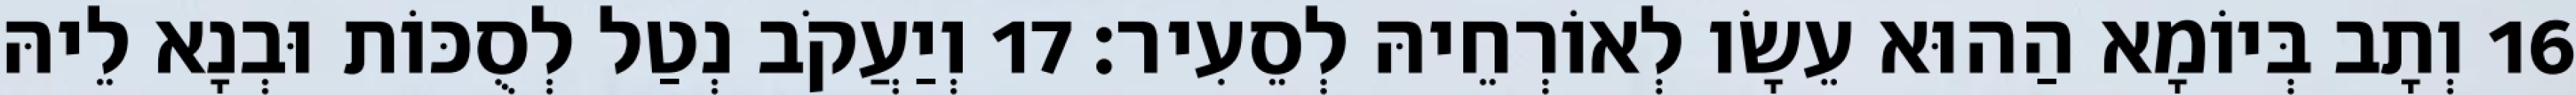
16 וְתָב בְּיוֹמָא הַהוּא עֵשָׂו לְאוֹרְחֵיהּ לְסֵעִיר׃ 17 וְיַעֲקֹב נְטַל לְסֻכּוֹת וּבְנָא לֵיהּ